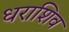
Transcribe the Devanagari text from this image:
धराशिव